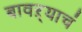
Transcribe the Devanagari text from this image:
बावऱ्याचं